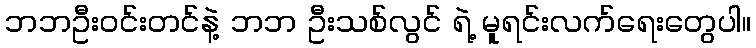
ဘဘဦးဝင်းတင်နဲ့ ဘဘ ဦးသစ်လွင် ရဲ့ မူရင်းလက်ရေးတွေပါ။